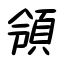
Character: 領